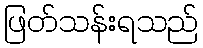
ဖြတ်သန်းရသည်